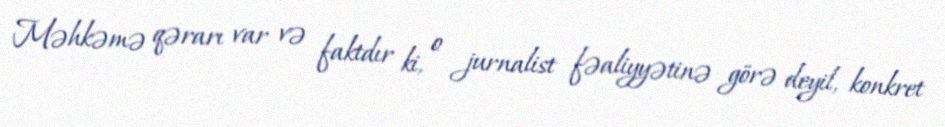
Məhkəmə qərarı var və faktdır ki, o jurnalist fəaliyyətinə görə deyil, konkret